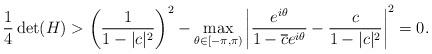
LaTeX: \begin{align*}\frac{1}{4}\det(H) > \left(\frac{1}{1-|c|^2}\right)^2-\max_{\theta\in[-\pi,\pi)}\left|\frac{e^{i\theta}}{1-\overline{c}e^{i\theta}}-\frac{c}{1-|c|^2}\right|^2 = 0.\end{align*}